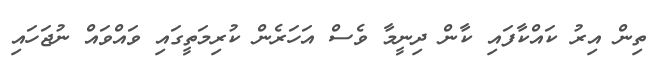
ތިން އިރު ކައްކާފައި ކާން ދިނީމާ ވެސް އަހަރެން ކުރިމަތީގައި ވައްވައް ނުޖަހައި